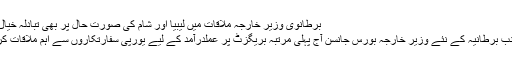
برطانوی وزیر خارجہ ملاقات میں لیبیا اور شام کی صورت حال پر بھی تبادلہ خیال کریں گے
دوسری جانب برطانیہ کے نئے وزیر خارجہ بورس جانسن آج پہلی مرتبہ بریگزٹ پر عملدرآمد کے لیے یورپی سفارتکاروں سے اہم ملاقات کر رہے ہیں۔